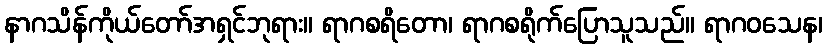
နာဂသိန်ကိုယ်တော်အရှင်ဘုရား။ ရာဂစရိတော၊ ရာဂစရိုက်ပြောသူသည်။ ရာဂဝသေန၊